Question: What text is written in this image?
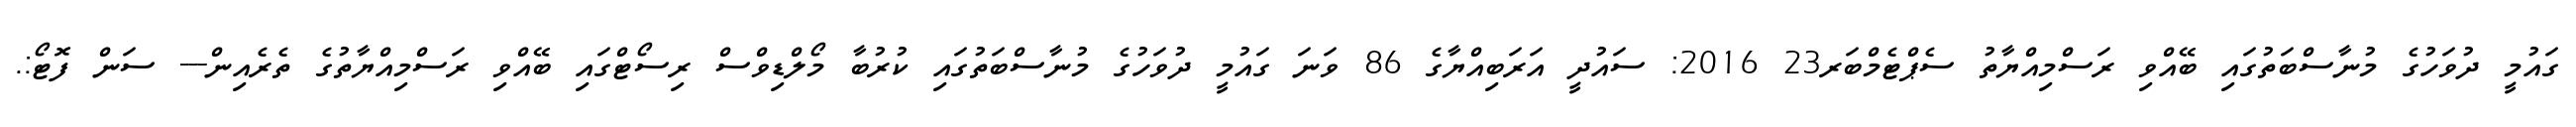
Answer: ގައުމީ ދުވަހުގެ މުނާސްބަތުގައި ބޭއްވި ރަސްމިއްޔާތު ސެޕްޓެމްބަރ23 2016: ސައުދީ އަރަބިއްޔާގެ 86 ވަނަ ގައުމީ ދުވަހުގެ މުނާސްބަތުގައި ކުރުބާ މޯލްޑިވްސް ރިސޯޓްގައި ބޭއްވި ރަސްމިއްޔާތުގެ ތެރެއިން--- ސަން ފޮޓޯ:.